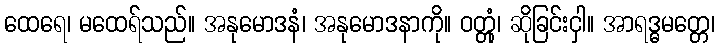
ထေရေ၊ မထေရ်သည်။ အနုမောဒနံ၊ အနုမောဒနာကို။ ဝတ္တုံ၊ ဆိုခြင်းငှါ။ အာရဒ္ဓမတ္တေ၊